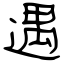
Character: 遇